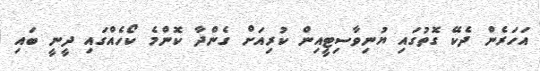
އަހަރެން ދެކޭ ގޮތުގައި ޔުނިވާސިޓީއިން ކުރިއަށް ގެންދާ ކޮންމެ ކޯހެއްގައި ދީނީ ބައި